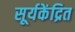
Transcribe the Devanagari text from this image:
सूर्यकेंद्रित